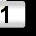
Digit: 1